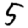
Digit: 5